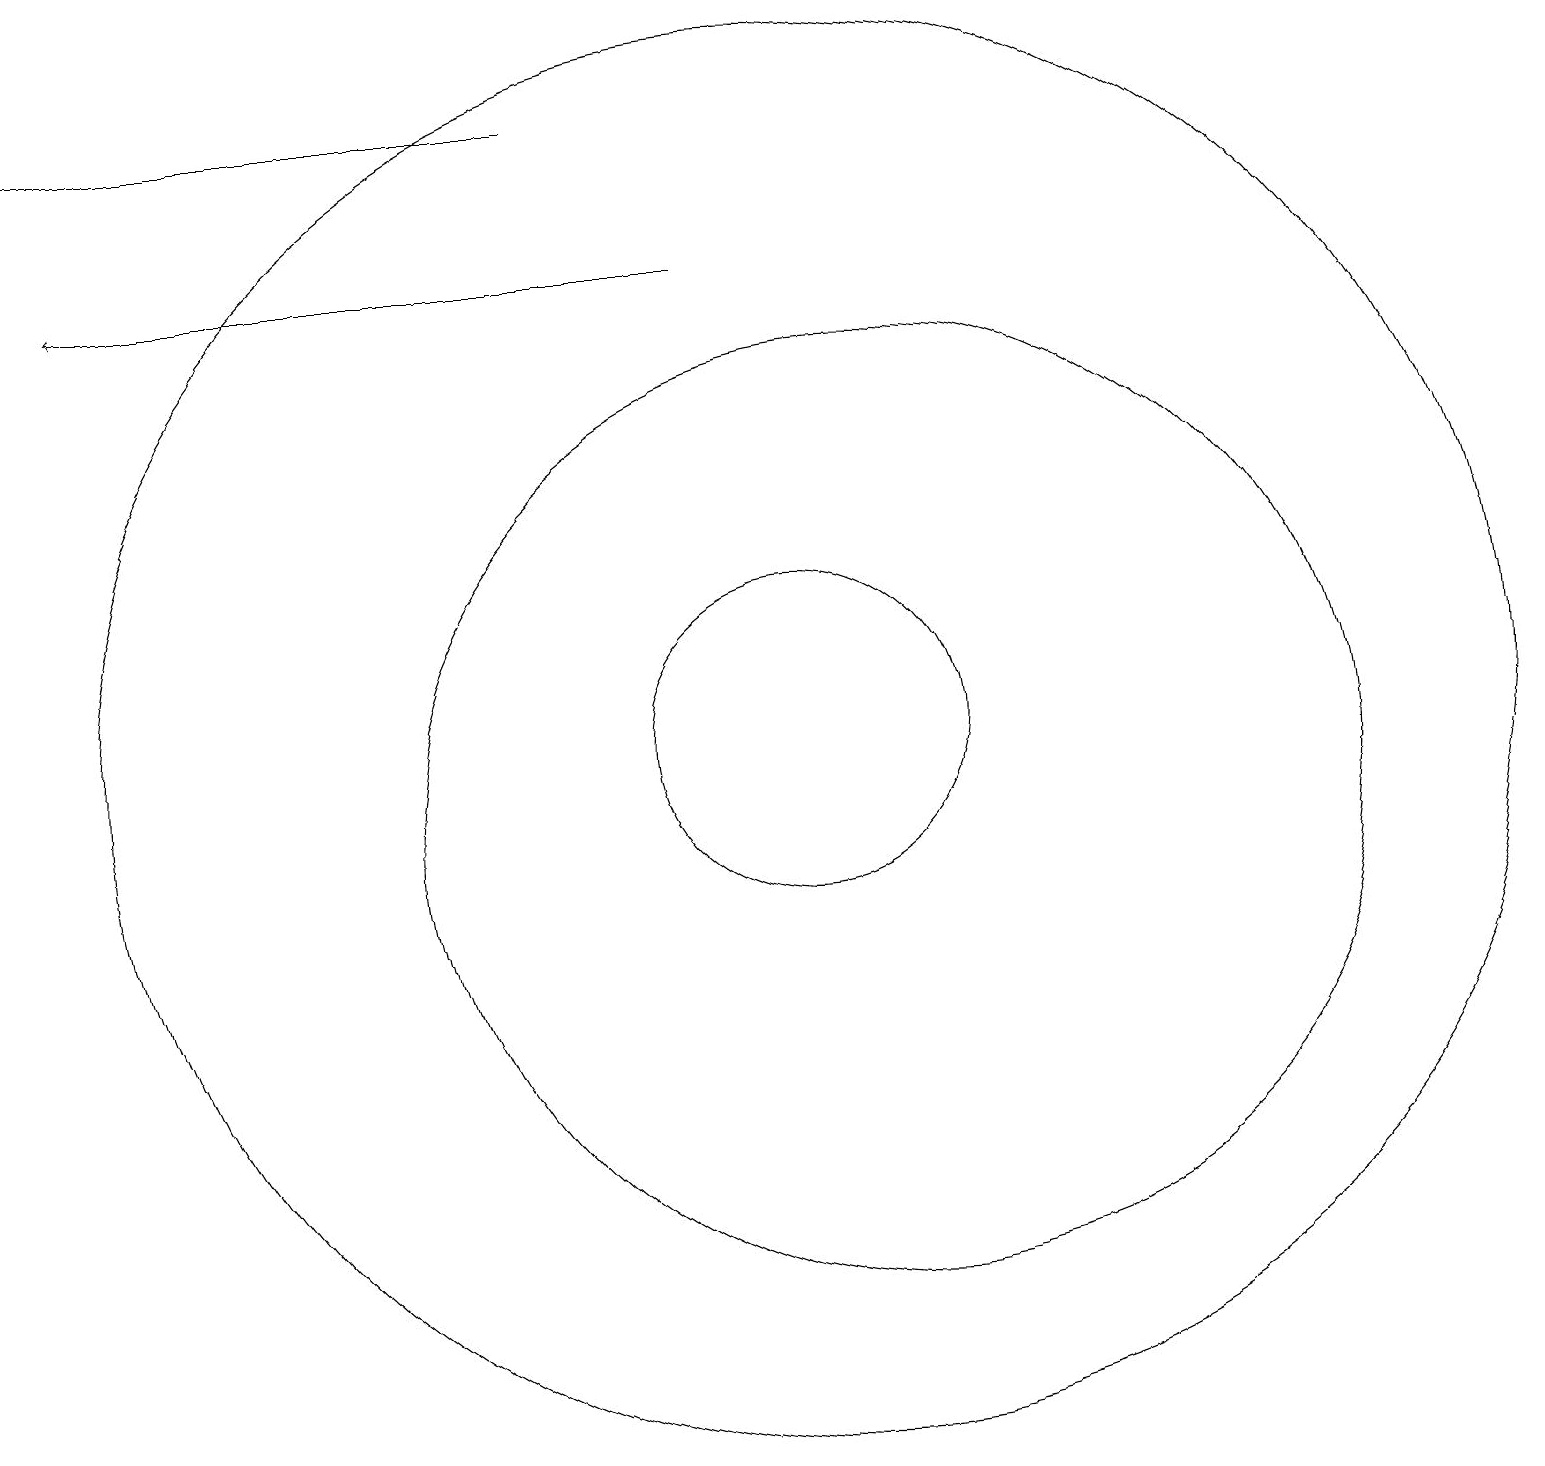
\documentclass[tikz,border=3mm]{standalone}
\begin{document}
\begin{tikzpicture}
\draw (10,11) circle (9);
\draw (10,11) circle (2);
\draw[->] (7,19) -- (0,19);
\draw (11,10) circle (6);
\draw[->] (9,17) -- (1,17);
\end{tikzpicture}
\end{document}